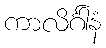
ကာလိင်္ဂါနံ